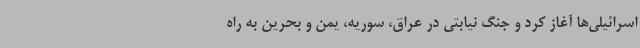
اسرائیلی‌ها آغاز کرد و جنگ نیابتی در عراق، سوریه، یمن و بحرین به راه